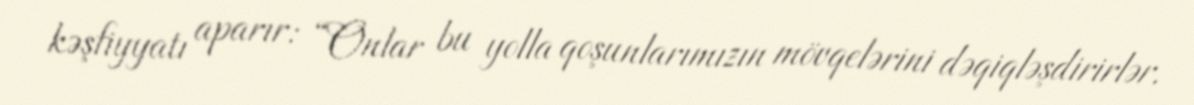
kəşfiyyatı aparır: “Onlar bu yolla qoşunlarımızın mövqelərini dəqiqləşdirirlər.